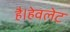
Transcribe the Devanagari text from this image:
है।हेवलेट